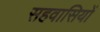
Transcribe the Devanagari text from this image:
सहवासियों